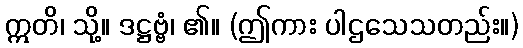
ဣတိ၊ သို့။ ဒဋ္ဌဗ္ဗံ၊ ၏။ (ဤကား ပါဌသေသတည်း။)